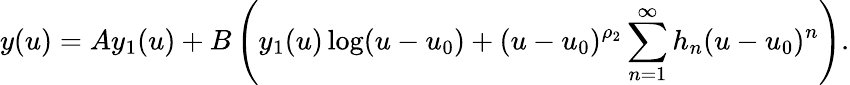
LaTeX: y(u)=Ay_{1}(u)+B\left(y_{1}(u)\log(u-u_{0})+(u-u_{0})^{\rho_{2}}\sum_{n=1}^{\infty}h_{n}(u-u_{0})^{n}\right).